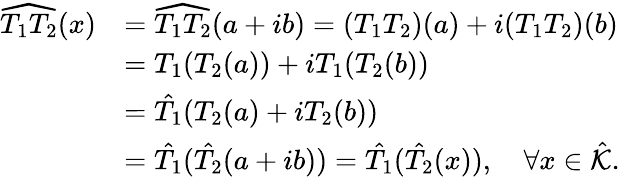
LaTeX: \begin{array}{rl}{\widehat{T_{1}T_{2}}(x)}&{=\widehat{T_{1}T_{2}}(a+ib)=(T_{1}T_{2})(a)+i(T_{1}T_{2})(b)}\\ &{=T_{1}(T_{2}(a))+iT_{1}(T_{2}(b))}\\ &{=\hat{T_{1}}(T_{2}(a)+iT_{2}(b))}\\ &{=\hat{T_{1}}(\hat{T_{2}}(a+ib))=\hat{T_{1}}(\hat{T_{2}}(x)),\quad\forall x\in\hat{\mathcal{K}}.}\end{array}